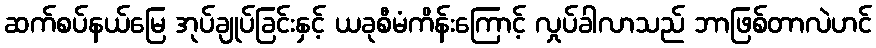
ဆက်စပ်နယ်မြေ အုပ်ချုပ်ခြင်းနှင့် ယခုစီမံကိန်းကြောင့် လှုပ်ခါလာသည် ဘာဖြစ်တာလဲဟင်